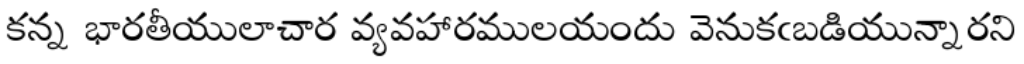
కన్న భారతీయులాచార వ్యవహారములయందు వెనుకఁబడియున్నారని